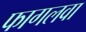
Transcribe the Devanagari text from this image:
फागलवा